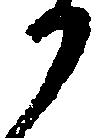
か